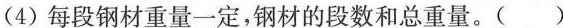
(4)每段钢材重量一定，钢材的段数和总重量。( )